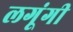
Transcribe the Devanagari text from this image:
लगूंगी